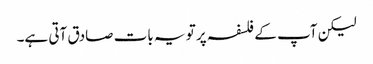
لیکن آپ کے فلسفہ پر تو یہ بات صادق آتی ہے۔